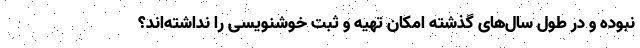
نبوده و در طول سال‌های گذشته امکان تهیه و ثبت خوشنویسی را نداشته‌اند؟